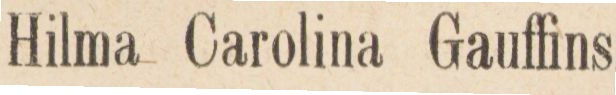
Hilma Carolina Gauffins,